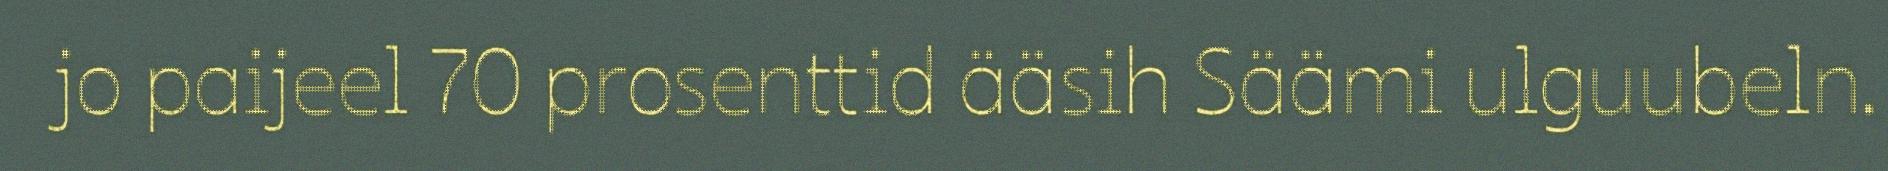
jo paijeel 70 prosenttid ääsih Säämi ulguubeln.